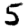
Digit: 5